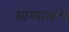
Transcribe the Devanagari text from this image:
खय्यामाचे